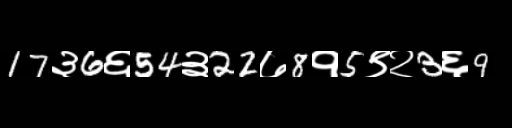
Text: 17३6६54३22७8१5९२3६9